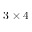
3 \times 4